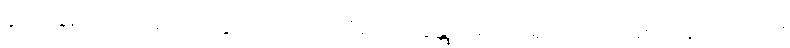
နတ်အများတို့သည်။ သဗ္ဗဒါ၊ အခါခပ်သိမ်း။ ရက္ခန္တု၊ စောင့်ရှောက်ကြပါစေကုန်သတည်း။